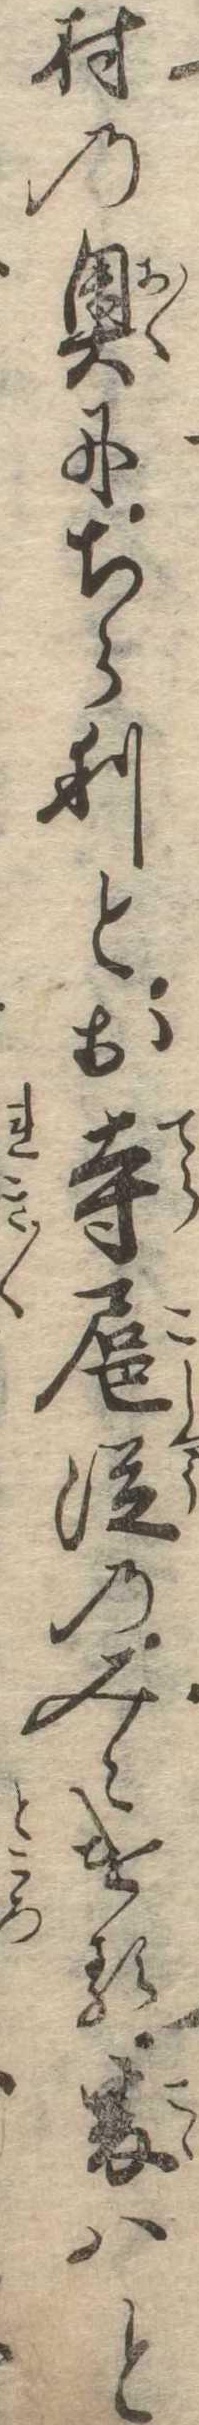
村の奥にちらりとお寺扈従のみえける爰はと